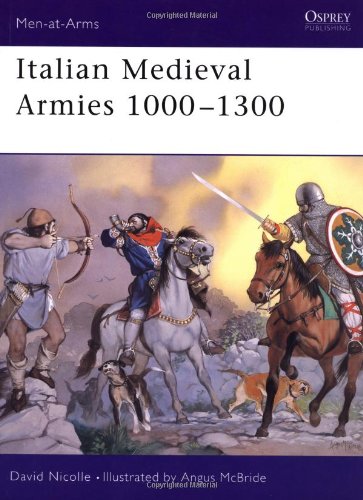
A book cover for Italian Medieval Armies 1000-1300 (Men-at-Arms); David Nicolle; History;